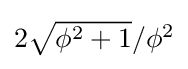
{\textstyle 2{\sqrt {\phi ^{2}+1}}/\phi ^{2}}